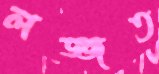
লজ্জত